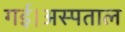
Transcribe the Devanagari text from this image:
गई।अस्पताल